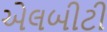
એલબીટી